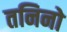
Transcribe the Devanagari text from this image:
तनिनो